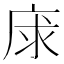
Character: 𢈝